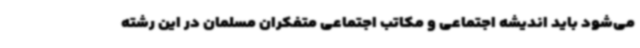
می‌شود باید اندیشه اجتماعی و مکاتب اجتماعی متفکران مسلمان در این رشته